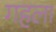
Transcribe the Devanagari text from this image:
गहला